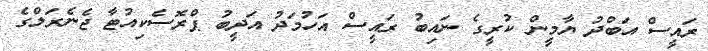
ރައީސް އަބްދު ޔާމީން ކުރީގެ ނައިބު ރައީސް އަހުމަދު އަދީބު ޕްރޮސެކިއުޓާ ޖެނެރަލްގެ